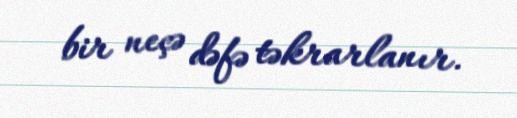
bir neçə dəfə təkrarlanır.